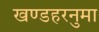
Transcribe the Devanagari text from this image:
खण्डहरनुमा